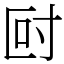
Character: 尀